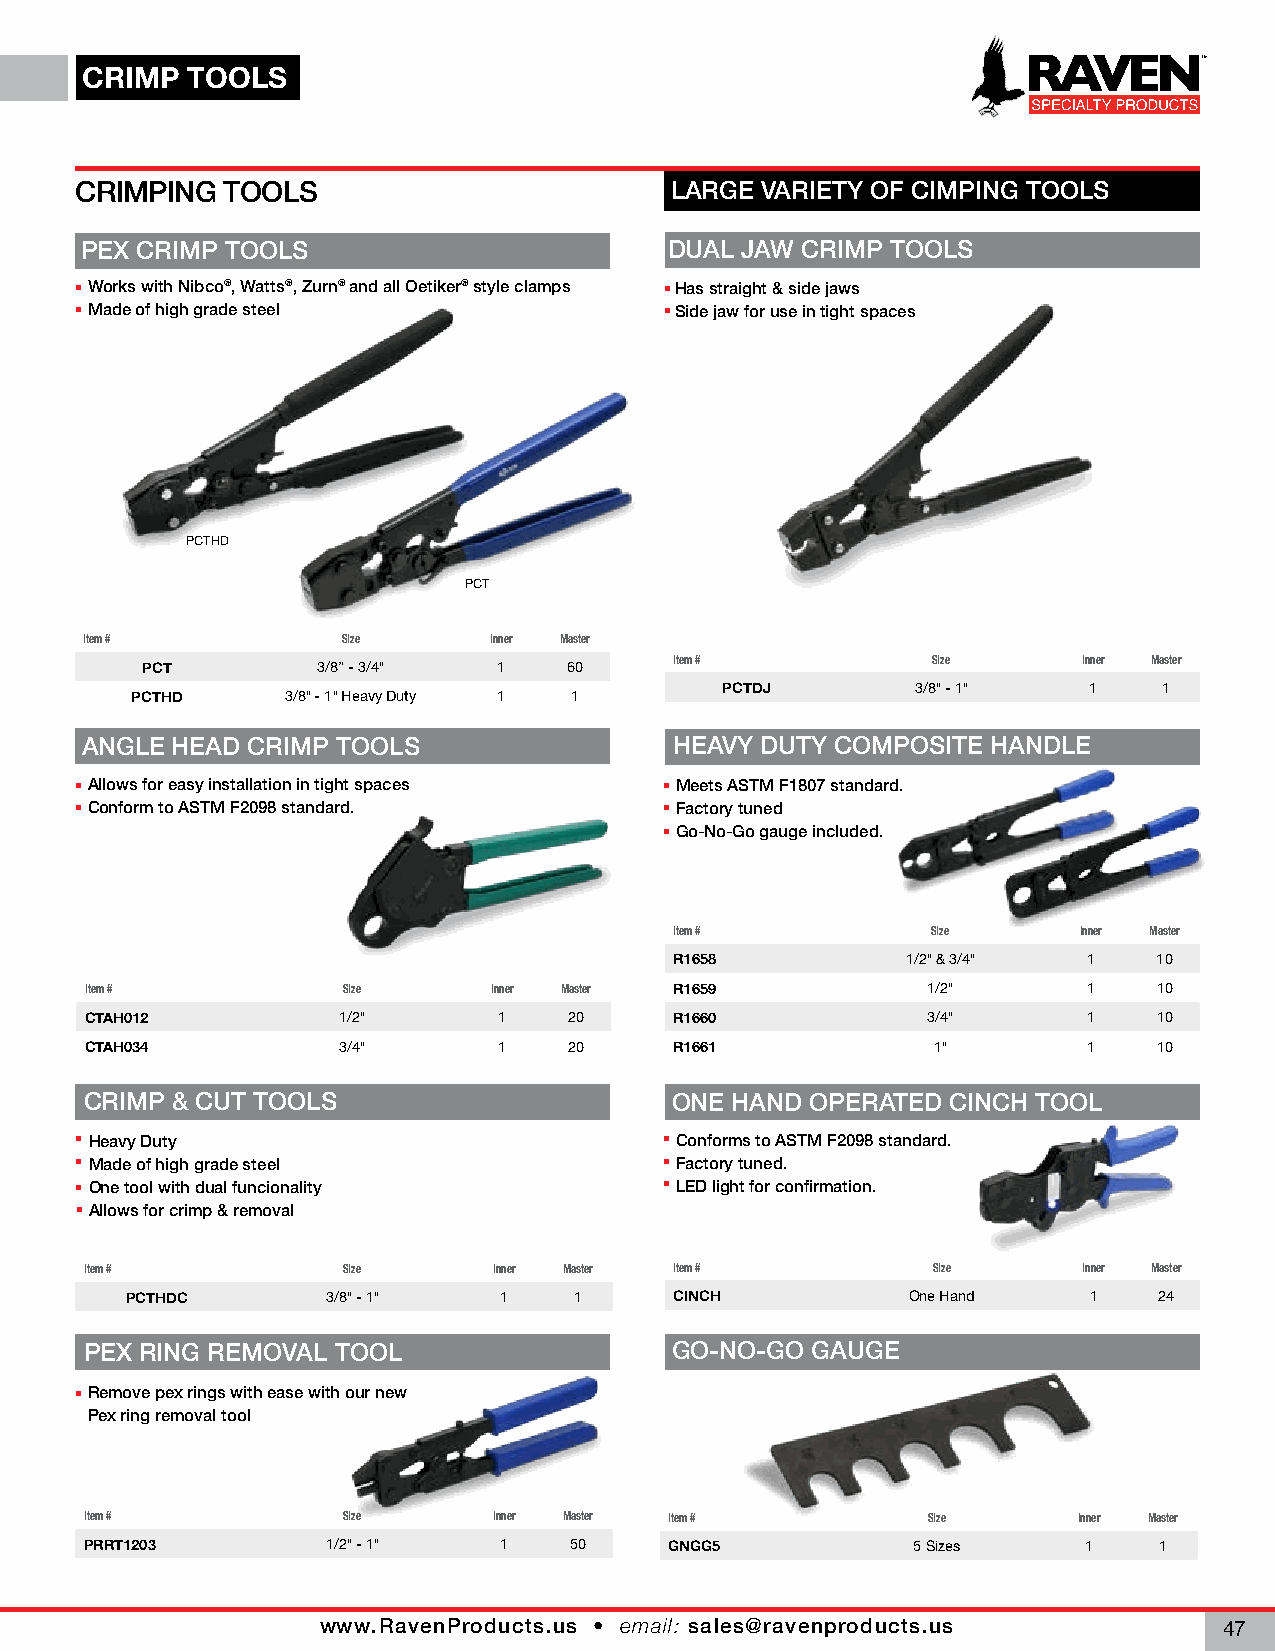
CRIMP  TOOLS
 CRIMPING  TOOLS                        LARGE VARIETY OF CIMPING TOOLS
 PEX CRIMP TOOLS                        DUAL JAW CRIMP TOOLS
 Works with Nibco®, Watts®, Zurn® and all Oetiker® style clamps Has straight & side jaws
 Made of high grade steel               Side jaw for use in tight spaces
 PCTHD
 PCT
 Item #           Size     Inner Master
 PCT         3/8” - 3/4" 1    60     Item #           Size      Inner Master
 PCTHD     3/8" - 1" Heavy Duty 1 1     PCTDJ        3/8" - 1"  1    1
 ANGLE HEAD CRIMP TOOLS                  HEAVY DUTY COMPOSITE HANDLE
 Allows for easy installation in tight spaces Meets ASTM F1807 standard.
 Conform to ASTM F2098 standard.        Factory tuned
 Go-No-Go gauge included.
 Item #           Size     Inner Master
 R1658          1/2" & 3/4" 1    10
 Item #           Size     Inner Master R1659           1/2"       1    10
 CTAH012         1/2"       1    20     R1660           3/4"       1    10
 CTAH034         3/4"       1    20     R1661            1"        1    10
 CRIMP & CUT TOOLS                      ONE HAND OPERATED CINCH TOOL
 Heavy Duty                             Conforms to ASTM F2098 standard.
 Made of high grade steel               Factory tuned.
 One tool with dual funcionality        LED light for confirmation.
 Allows for crimp & removal
 Item #           Size      Inner Master Item #          Size      Inner Master
 PCTHDC        3/8" - 1"  1    1      CINCH          One Hand    1    24
 PEX RING REMOVAL TOOL                 GO-NO-GO  GAUGE
 Remove pex rings with ease with our new
 Pex ring removal tool
 Item #           Size      Inner Master Item #         Size      Inner Master
 PRRT1203        1/2" - 1"  1    50    GNGG5           5 Sizes     1    1
 www.RavenProducts.us • email: sales@ravenproducts.us
 47